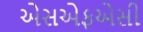
એસએફએસી